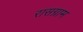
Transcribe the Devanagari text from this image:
रासग्राम